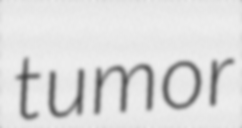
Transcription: tumor